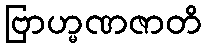
ဗြာဟ္မဏဇာတိ